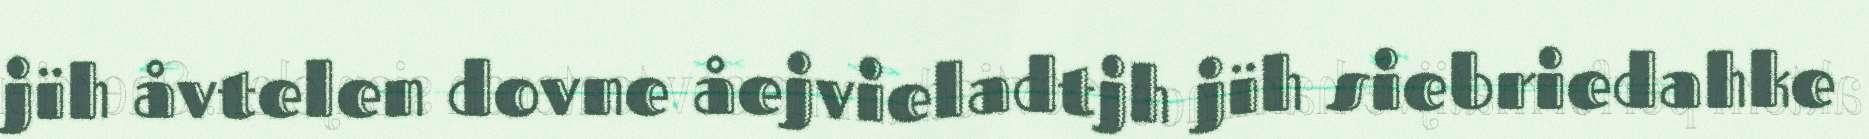
jïh åvtelen dovne åejvieladtjh jïh siebriedahke